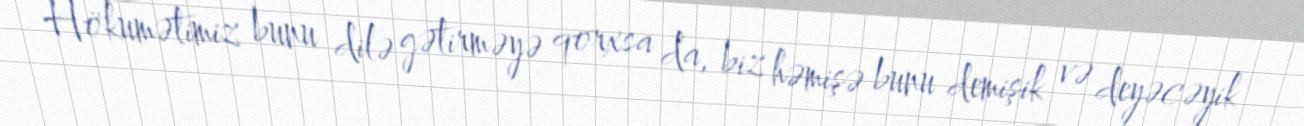
Hökumətimiz bunu dilə gətirməyə qorxsa da, biz həmişə bunu demişik və deyəcəyik